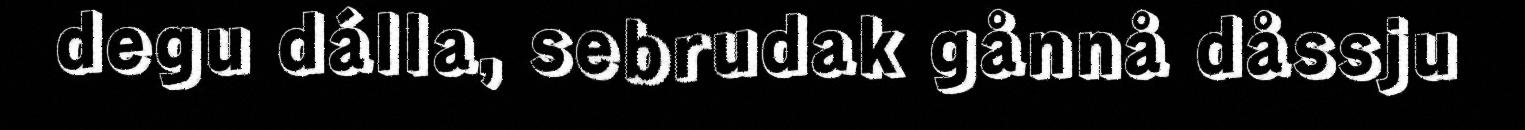
degu dálla, sebrudak gånnå dåssju